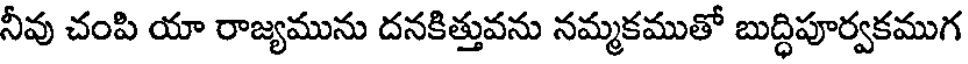
నీవు చంపి యా రాజ్యమును దనకిత్తువను నమ్మకముతో బుద్ధిపూర్వకముగ